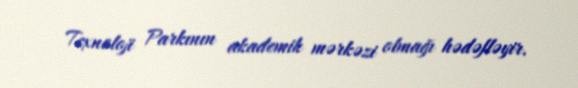
Texnoloji Parkının akademik mərkəzi olmağı hədəfləyir.